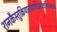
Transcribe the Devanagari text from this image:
शनकैस्तुक्रियालोपादिमाःक्षत्रियजातयः